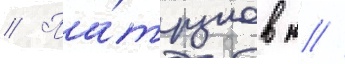
// Па́трушев н //